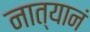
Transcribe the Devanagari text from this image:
नात्यानं